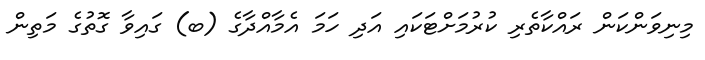
މިނިވަންކަން ރައްކާތެރި ކުރުމަށްޓަކައި އަދި ހަމަ އެމާއްދާގެ (ބ) ގައިވާ ގޮތުގެ މަތިން